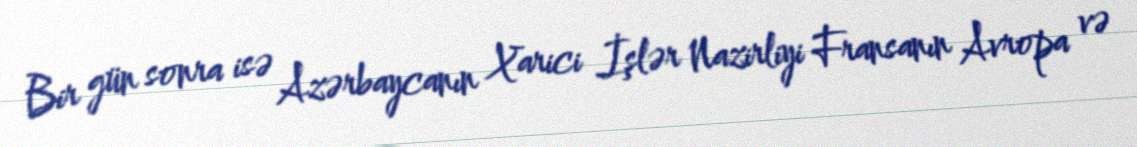
Bir gün sonra isə Azərbaycanın Xarici İşlər Nazirliyi Fransanın Avropa və